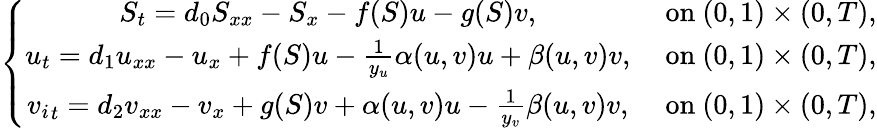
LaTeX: \left\{ \begin{array}{cc}{S_{t}=d_{0}S_{xx}-S_{x}-f(S)u-g(S)v,}&{\mathrm{~on~}(0,1)\times(0,T),}\\ {{u}_{t}=d_{1}{u}_{xx}-{u}_{x}+f(S)u-\frac{1}{y_{u}}\alpha(u,v)u+\beta(u,v)v,}&{\mathrm{~on~}(0,1)\times(0,T),}\\ {{v_{i}}_{t}=d_{2}{v}_{xx}-{v}_{x}+g(S)v+\alpha(u,v)u-\frac{1}{y_{v}}\beta(u,v)v,}&{\mathrm{~on~}(0,1)\times(0,T),}\end{array}\right.